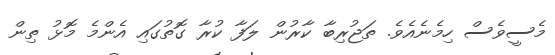
މެސީވެސް ހިމެނެއެވެ. ތަޖުރިބާ ކާރުން ލަފާ ކުރާ ގޮތުގައި އެންމެ މޮޅު ތިން